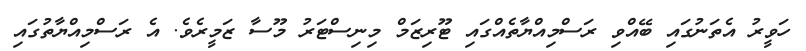
ހަވީރު އެތަނުގައި ބޭއްވި ރަސްމިއްޔާތެއްގައި ޓޫރިޒަމް މިނިސްޓަރު މޫސާ ޒަމީރެވެ. އެ ރަސްމިއްޔާތުގައި